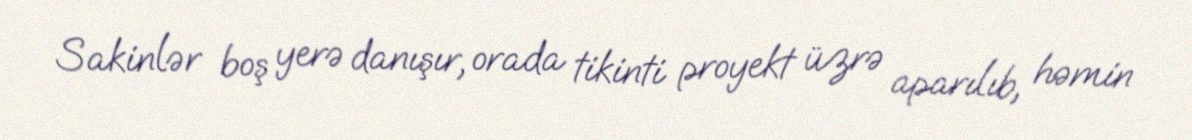
Sakinlər boş yerə danışır, orada tikinti proyekt üzrə aparılıb, həmin